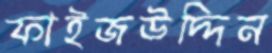
ফাইজউদ্দিন